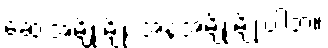
ဆေးအမျိုးမျိုး အနံ့အမျိုးမျိုးပါဘဲ။